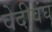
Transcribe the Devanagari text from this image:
वेदीवंघ